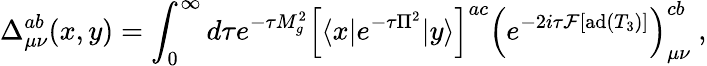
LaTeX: \Delta_{\mu\nu}^{ab}(x,y)=\int_{0}^{\infty}d{\tau}e^{-\tau M_{g}^{2}}\left[\langle x|e^{-\tau\Pi^{2}}|y\rangle\right]^{ac}\left(e^{-2i\tau{\cal F}[\mathrm{ad}(T_{3})]}\right)_{\mu\nu}^{cb}\ ,